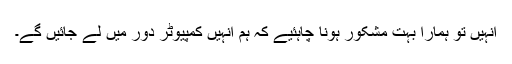
انہیں تو ہمارا بہت مشکور ہونا چاہئیے کہ ہم انہیں کمپیوٹر دور میں لے جائیں گے۔